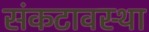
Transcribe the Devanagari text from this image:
संकटावस्था